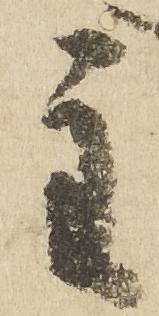
主